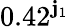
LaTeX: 0.42^{\mathbf{j}_{1}}